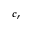
c _ { r }